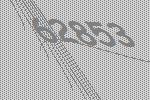
62853